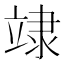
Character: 䇐